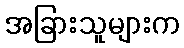
အခြားသူများက